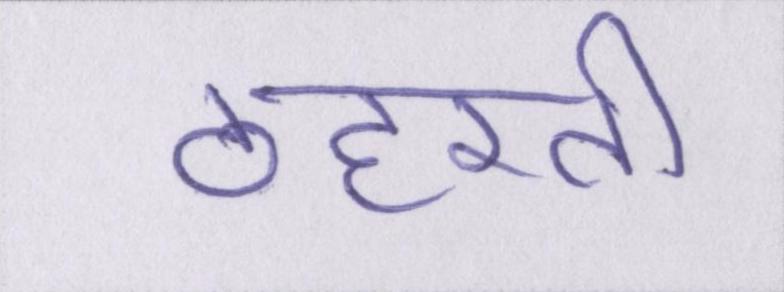
ठहरती